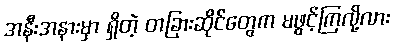
အနီးအနားမှာ ရှိတဲ့ တခြားဆိုင်တွေက မဖွင့်ကြလို့လား